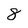
Character: 8